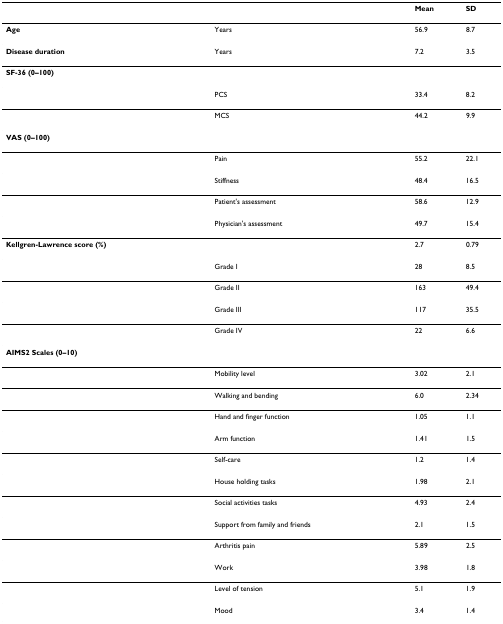
<table><thead><tr><td></td><td></td><td><b>Mean</b></td><td><b>SD</b></td></tr></thead><tbody><tr><td><b>Age</b></td><td>Years</td><td>56.9</td><td>8.7</td></tr><tr><td><b>Disease duration</b></td><td>Years</td><td>7.2</td><td>3.5</td></tr><tr><td><b>SF-36 (0–100)</b></td><td></td><td></td><td></td></tr><tr><td></td><td>PCS</td><td>33.4</td><td>8.2</td></tr><tr><td></td><td>MCS</td><td>44.2</td><td>9.9</td></tr><tr><td><b>VAS (0–100)</b></td><td></td><td></td><td></td></tr><tr><td></td><td>Pain</td><td>55.2</td><td>22.1</td></tr><tr><td></td><td>Stiffness</td><td>48.4</td><td>16.5</td></tr><tr><td></td><td>Patient&#x27;s assessment</td><td>58.6</td><td>12.9</td></tr><tr><td></td><td>Physician&#x27;s assessment</td><td>49.7</td><td>15.4</td></tr><tr><td><b>Kellgren-Lawrence score (%)</b></td><td></td><td>2.7</td><td>0.79</td></tr><tr><td></td><td>Grade I</td><td>28</td><td>8.5</td></tr><tr><td></td><td>Grade II</td><td>163</td><td>49.4</td></tr><tr><td></td><td>Grade III</td><td>117</td><td>35.5</td></tr><tr><td></td><td>Grade IV</td><td>22</td><td>6.6</td></tr><tr><td><b>AIMS2 Scales (0–10)</b></td><td></td><td></td><td></td></tr><tr><td></td><td>Mobility level</td><td>3.02</td><td>2.1</td></tr><tr><td></td><td>Walking and bending</td><td>6.0</td><td>2.34</td></tr><tr><td></td><td>Hand and finger function</td><td>1.05</td><td>1.1</td></tr><tr><td></td><td>Arm function</td><td>1.41</td><td>1.5</td></tr><tr><td></td><td>Self-care</td><td>1.2</td><td>1.4</td></tr><tr><td></td><td>House holding tasks</td><td>1.98</td><td>2.1</td></tr><tr><td></td><td>Social activities tasks</td><td>4.93</td><td>2.4</td></tr><tr><td></td><td>Support from family and friends</td><td>2.1</td><td>1.5</td></tr><tr><td></td><td>Arthritis pain</td><td>5.89</td><td>2.5</td></tr><tr><td></td><td>Work</td><td>3.98</td><td>1.8</td></tr><tr><td></td><td>Level of tension</td><td>5.1</td><td>1.9</td></tr><tr><td></td><td>Mood</td><td>3.4</td><td>1.4</td></tr></tbody></table>